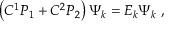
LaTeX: \left( C ^ { 1 } P _ { 1 } + C ^ { 2 } P _ { 2 } \right) \Psi _ { k } = E _ { k } \Psi _ { k } ~ ,